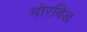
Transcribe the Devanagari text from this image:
मोरबिड